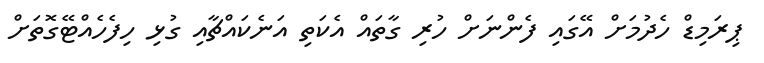
ޕިރަމިޑް ހެދުމަށް އޭގައި ފެންނަށް ހުރި ގާތައް އެކަތި އަނެކައްޗާއި ގުޅި ހިފެހެއްޓޭގޮތަށް